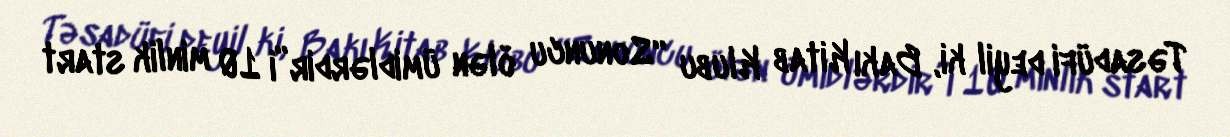
Təsadüfi deyil ki, Bakı Kitab Klubu “Sonuncu ölən ümidlərdir”i 10 minlik start